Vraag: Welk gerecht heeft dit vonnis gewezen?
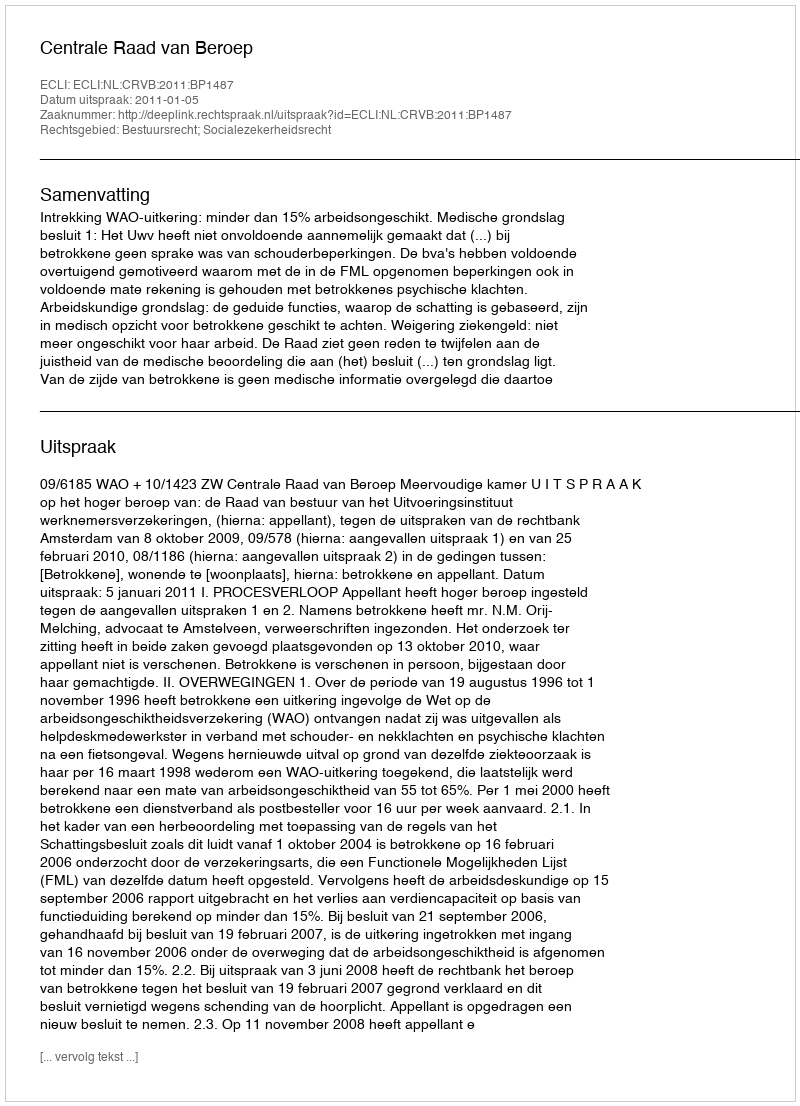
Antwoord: Centrale Raad van Beroep